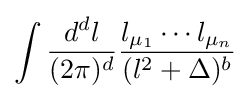
\int {\frac {d^{d}l}{(2\pi )^{d}}}{\frac {l_{\mu _{1}}\cdots l_{\mu _{n}}}{(l^{2}+\Delta )^{b}}}